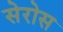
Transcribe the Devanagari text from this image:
सेरोस